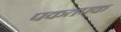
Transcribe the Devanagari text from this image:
पकतपक